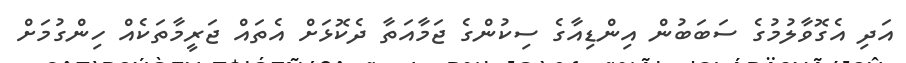
އަދި އެގޮވާލުމުގެ ސަބަބުން އިންޑިއާގެ ސިކުންގެ ޖަމާއަތާ ދެކޮޅަށް އެެތައް ޖަރީމާތަކެއް ހިންގުމަށް